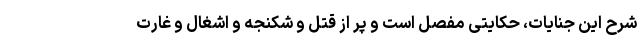
شرح این جنایات، حکایتی مفصل است و پر از قتل و شکنجه و اشغال و غارت